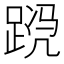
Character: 𬦴